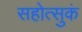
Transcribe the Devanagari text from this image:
सहोत्सुकं